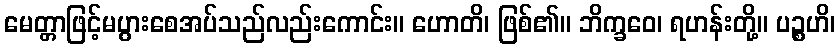
မေတ္တာဖြင့်မပွားစေအပ်သည်လည်းကောင်း။ ဟောတိ၊ ဖြစ်၏။ ဘိက္ခဝေ၊ ရဟန်းတို့။ ပဉ္စဟိ၊